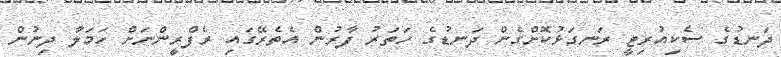
ދަނޑުގެ ސެކިއުރިޓީ ރަނގަޅުކޮށްގެން ދަނޑުގެ ހަތަރު ފާރުން އެތެރޭގައި ރެފްރީންނަށް ހަމަލާ ދިނުން